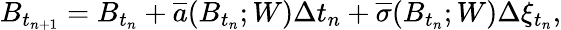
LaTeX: B_{t_{n+1}}=B_{t_{n}}+\overline{{a}}(B_{t_{n}};W)\Delta t_{n}+\overline{{\sigma}}(B_{t_{n}};W)\Delta\xi_{t_{n}},